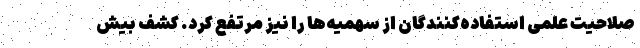
صلاحیت علمی استفاده‌کنندگان از سهمیه‌ها را نیز مرتفع کرد. کشف بیش